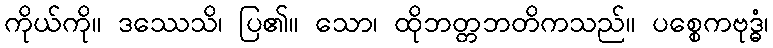
ကိုယ်ကို။ ဒဿေသိ၊ ပြ၏။ သော၊ ထိုဘတ္တဘတိကသည်။ ပစ္စေကဗုဒ္ဓံ၊